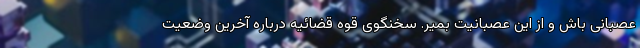
عصبانی باش و از این عصبانیت بمیر. سخنگوی قوه قضائیه درباره آخرین وضعیت